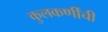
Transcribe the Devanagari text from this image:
कुलकर्णींची